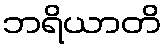
ဘရိယာတိ